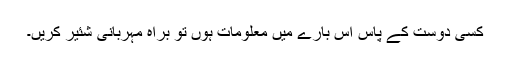
کسی دوست کے پاس اس بارے میں معلومات ہوں تو براہ مہربانی شئیر کریں۔